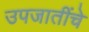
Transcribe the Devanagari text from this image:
उपजातींचे